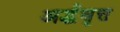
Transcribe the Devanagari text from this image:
अर्द्धवृत्त